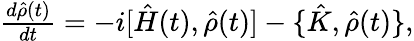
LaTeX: \begin{array}{r}{\frac{d\hat{\rho}(t)}{dt}=-i[\hat{H}(t),{\hat{\rho}(t)}]-\{ \hat{K},\hat{\rho}(t)\} ,}\end{array}